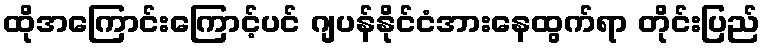
ထိုအကြောင်းကြောင့်ပင် ဂျပန်နိုင်ငံအားနေထွက်ရာ တိုင်းပြည်